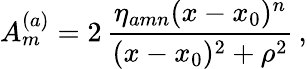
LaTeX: A_{m}^{(a)}=2\, \frac{\eta_{amn}(x-x_{0})^{n}}{(x-x_{0})^{2}+\rho^{2}}\, ,